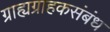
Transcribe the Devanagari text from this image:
ग्राह्यग्राहकसंबंध